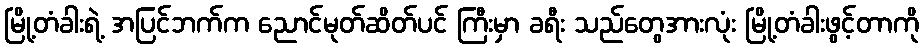
မြို့တံခါးရဲ့ အပြင်ဘက်က ညောင်မုတ်ဆိတ်ပင် ကြီးမှာ ခရီး သည်တွေအားလုံး မြို့တံခါးဖွင့်တာကို